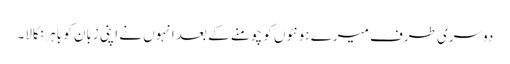
دوسری طرف میرے ہونٹوں کو چومنے کے بعد انہوں نے اپنی زبان کو باہر نکالا۔